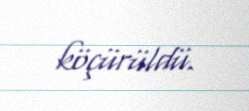
köçürüldü.